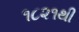
૧૮૨૧થી